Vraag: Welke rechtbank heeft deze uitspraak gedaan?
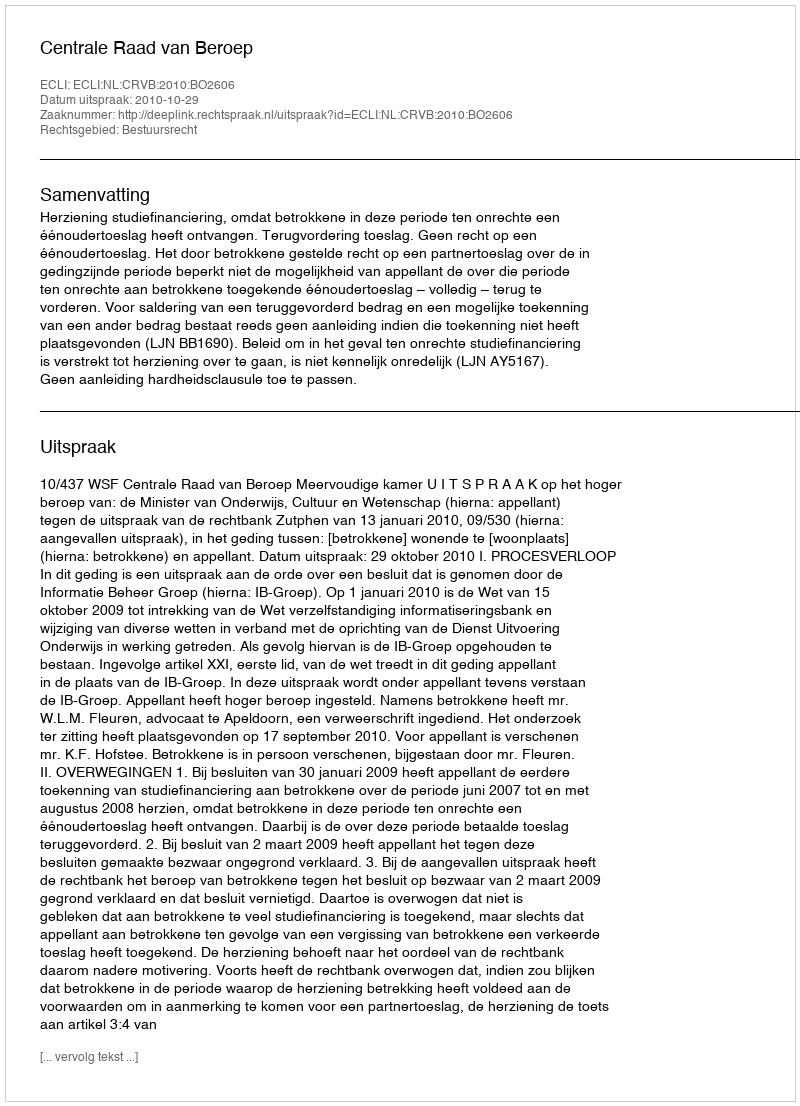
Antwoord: Centrale Raad van Beroep